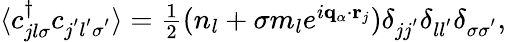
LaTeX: \begin{array}{r}{\langle c_{jl\sigma}^{\dagger}c_{j^{'}l^{'}\sigma^{'}}\rangle=\frac{1}{2}(n_{l}+\sigma m_{l}e^{i\mathbf{q}_{\alpha}\cdot\mathbf{r}_{j}})\delta_{jj^{'}}\delta_{ll^{'}}\delta_{\sigma\sigma^{'}},}\end{array}